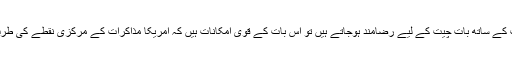
افغان حکومت اور مغربی ممالک کے سرکاری عہدہ داران کہتے ہیں کہ اگر طالبان افغان حکومت کے ساتھ بات چیت کے لیے رضامند ہوجاتے ہیں تو اس بات کے قوی امکانات ہیں کہ امریکا مذاکرات کے مرکزی نقطے کی طرف بڑھتے ہوئے افغانستان کی سرزمین سے اپنے فوجیوں کے انخلا کی تاریخ کا اعلان کردے گا۔